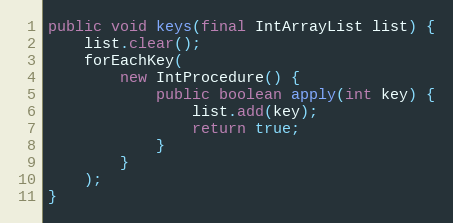
Language: Java
public void keys(final IntArrayList list) {
	list.clear();
	forEachKey(
		new IntProcedure() {
			public boolean apply(int key) {
				list.add(key);
				return true;
			}
		}
	);
}